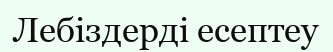
Лебіздерді есептеу